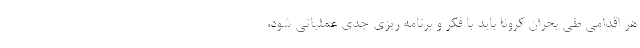
هر اقدامی طی بحران کرونا باید با فکر و برنامه ریزی جدی عملیاتی شود،